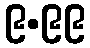
၉.၉၉